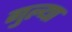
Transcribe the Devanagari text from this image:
गुल्या